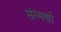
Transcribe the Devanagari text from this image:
संस्मर्णो